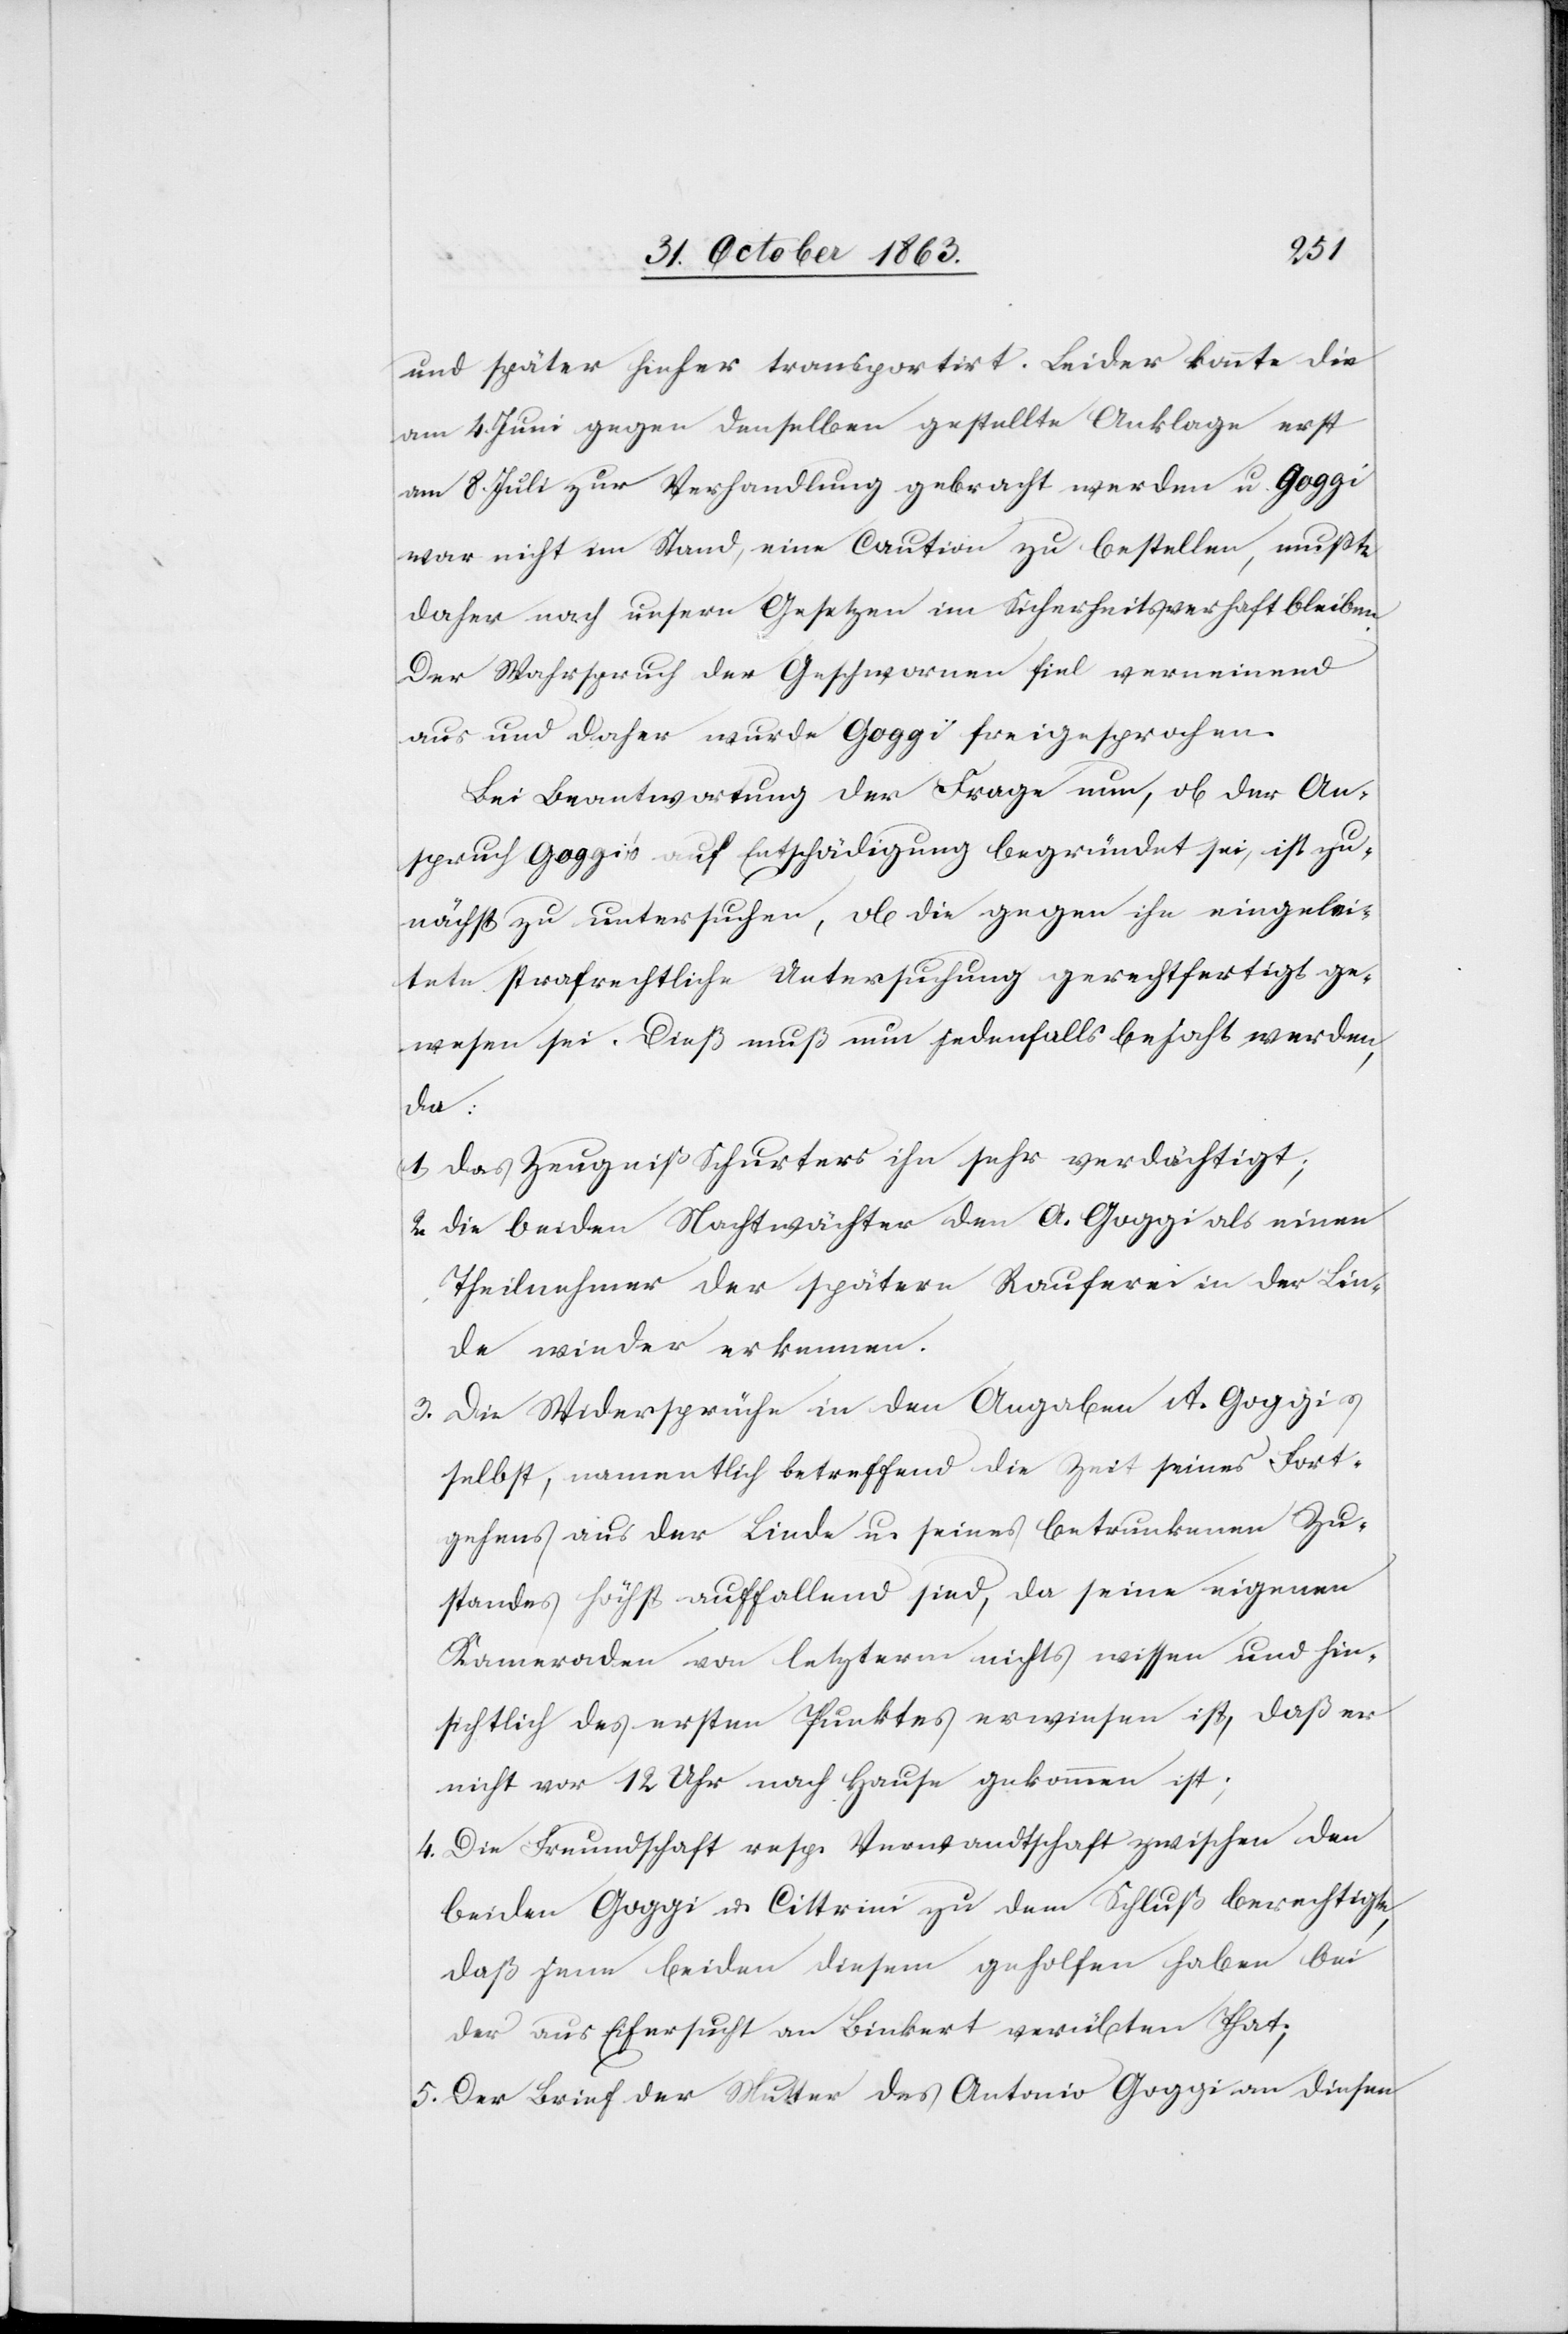
und später hieher transportirt. Leider konnte die
am 4. Juni gegen denselben gestellte Anklage erst
am 8. Juli zur Verhandlung gebracht werden u. Goggi
war nicht im Stand, eine Caution zu bestellen, mußte
daher nach unsern Gesetzen im Sicherheitsverhaft bleiben.
Der Wahrspruch der Geschwornen fiel verneinend
aus und daher wurde Goggi freigesprochen.
Bei Beantwortung der Frage nun, ob der An¬
spruch Goggi's auf Entschädigung begründet sei, ist zu¬
nächst zu untersuchen, ob die gegen ihn eingelei¬
tete strafrechtliche Untersuchung gerechtfertigt ge¬
wesen sei. Dieß muß nun jedenfalls bejaht werden,
da:
1. das Zeugniß Schurters ihn sehr verdächtigt;
2. die beiden Nachtwächter den A. Goggi als einen
Theilnehmer der spätern Rauferei in der Lin¬
de wieder erkennen.
3. Die Widersprüche in den Angaben A. Goggis
selbst, namentlich betreffend die Zeit seines Fort¬
gehens aus der Linde u. seines betrunkenen Zu¬
standes höchst auffallend sind, da seine eigenen
Kameraden von letzterm nichts wissen und hin¬
sichtlich des ersten Punktes erwiesen ist, daß er
nicht vor 12 Uhr nach Hause gekommen ist;
4. Die Freundschaft resp. Verwandtschaft zwischen den
beiden Goggi u. Cittrini zu dem Schluß berechtigte,
daß jene beiden diesem geholfen haben bei
der aus Eifersucht an Binkert verübten That;
5. Der Brief der Mutter des Antonio Goggi an diesen